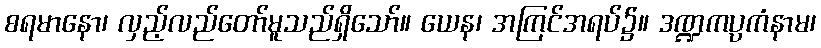
စရမာနော၊ လှည့်လည်တော်မူသည်ရှိသော်။ ယေန၊ အကြင်အရပ်၌။ ဒဏ္ဍကပ္ပကံနာမ၊